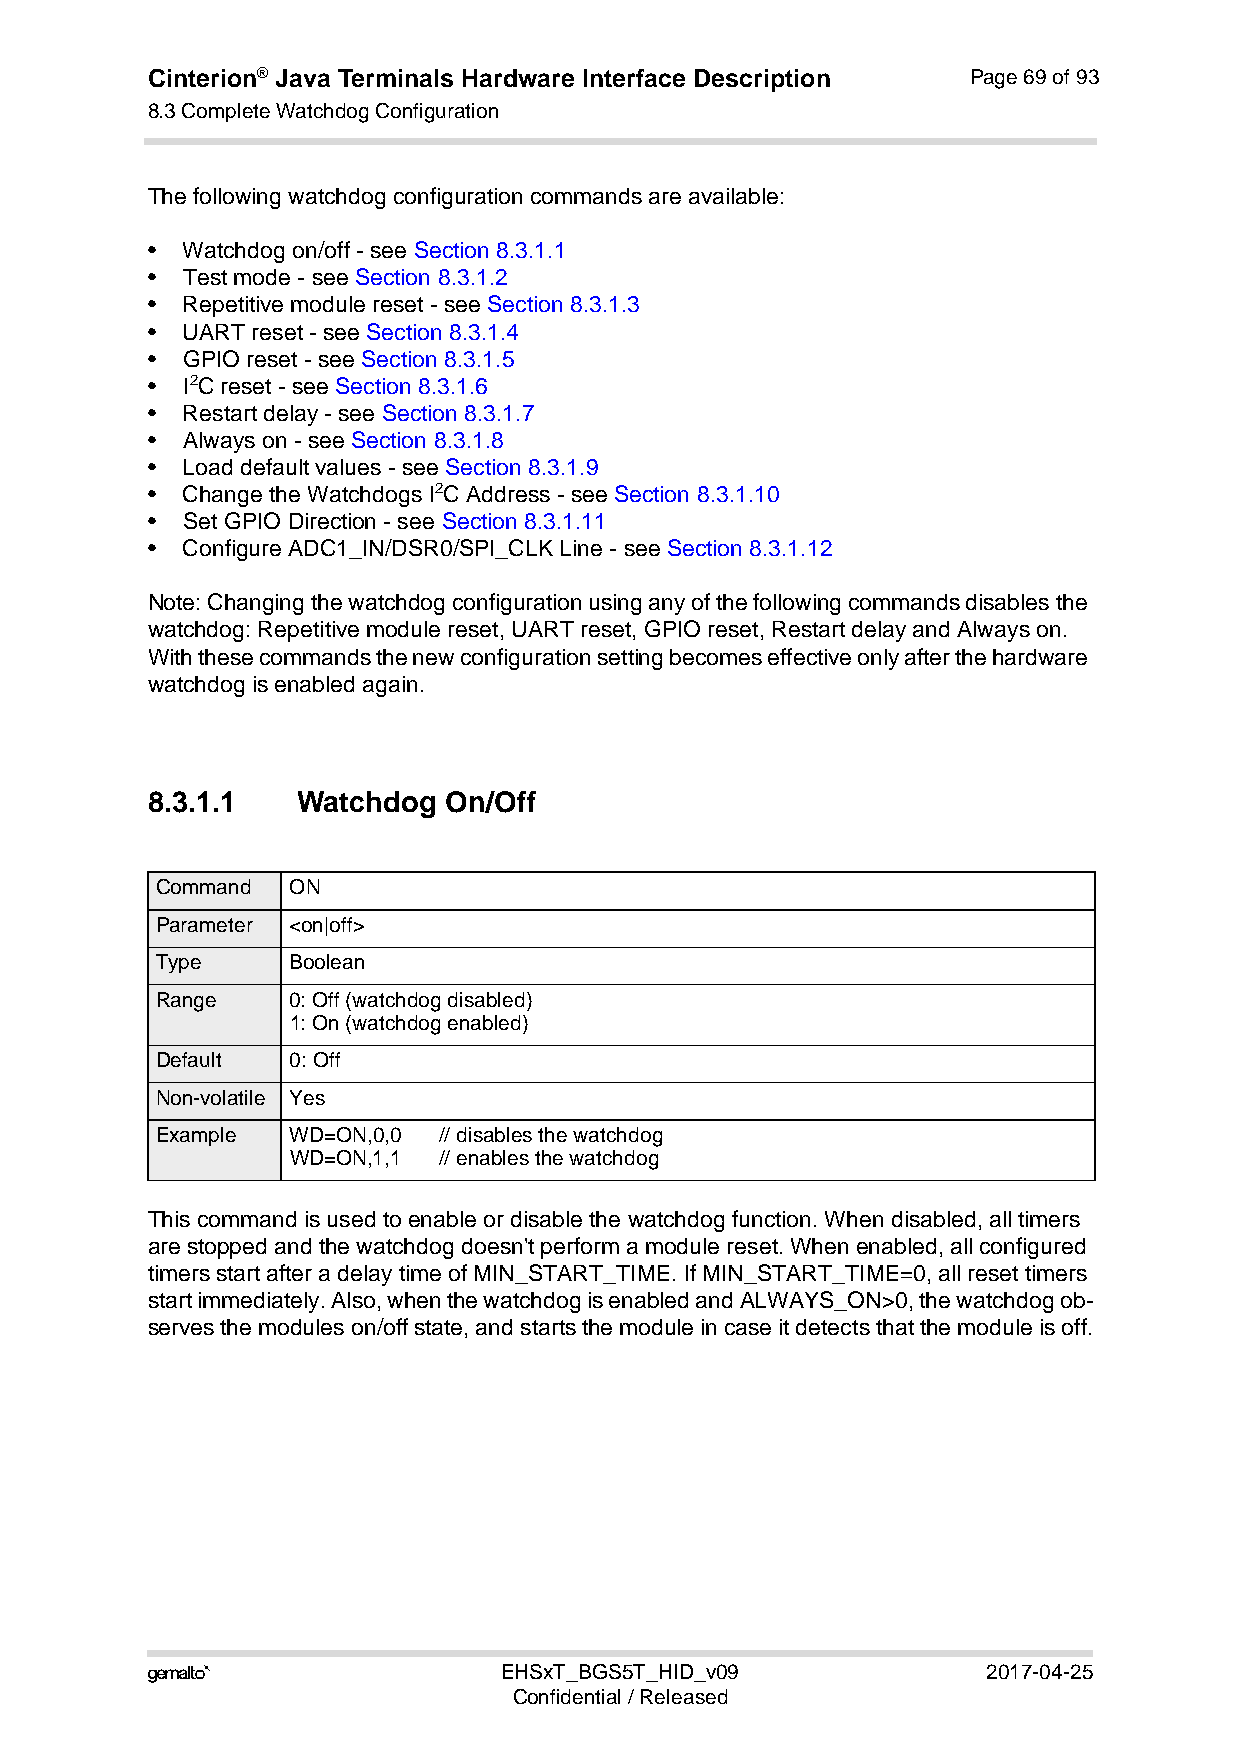
Cinterion® Java Terminals Hardware Interface Description Page 69 of 93
 8.3 Complete Watchdog Configuration
 92
 The following watchdog configuration commands are available:
 • Watchdog on/off - see Section 8.3.1.1
 • Test mode - see Section 8.3.1.2
 • Repetitive module reset - see Section 8.3.1.3
 • UART reset - see Section 8.3.1.4
 • GPIO reset - see Section 8.3.1.5
 • I2C reset - see Section 8.3.1.6
 • Restart delay - see Section 8.3.1.7
 • Always on - see Section 8.3.1.8
 • Load default values - see Section 8.3.1.9
 • Change the Watchdogs I2C Address - see Section 8.3.1.10
 • Set GPIO Direction - see Section 8.3.1.11
 • Configure ADC1_IN/DSR0/SPI_CLK Line - see Section 8.3.1.12
 Note: Changing the watchdog configuration using any of the following commands disables the
 watchdog: Repetitive module reset, UART reset, GPIO reset, Restart delay and Always on.
 With these commands the new configuration setting becomes effective only after the hardware
 watchdog is enabled again.
 8.3.1.1   Watchdog On/Off
 Command  ON
 Parameter <on|off>
 Type     Boolean
 Range    0: Off (watchdog disabled)
 1: On (watchdog enabled)
 Default  0: Off
 Non-volatile Yes
 Example  WD=ON,0,0 // disables the watchdog
 WD=ON,1,1 // enables the watchdog
 This command is used to enable or disable the watchdog function. When disabled, all timers
 are stopped and the watchdog doesn't perform a module reset. When enabled, all configured
 timers start after a delay time of MIN_START_TIME. If MIN_START_TIME=0, all reset timers
 start immediately. Also, when the watchdog is enabled and ALWAYS_ON>0, the watchdog ob-
 serves the modules on/off state, and starts the module in case it detects that the module is off.
                       EHSxT_BGS5T_HID_v09             2017-04-25
 Confidential / Released